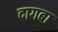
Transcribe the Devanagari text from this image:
दागबा